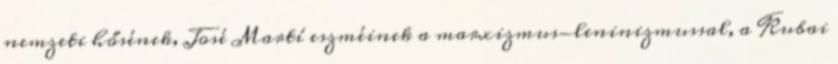
nemzeti hősének, José Martí eszméinek a marxizmus-leninizmussal, a Kubai